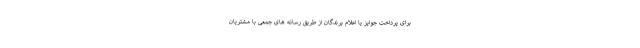
برای پرداخت جوایز یا اعلام برندگان از طریق رسانه های جمعی با مشتریان